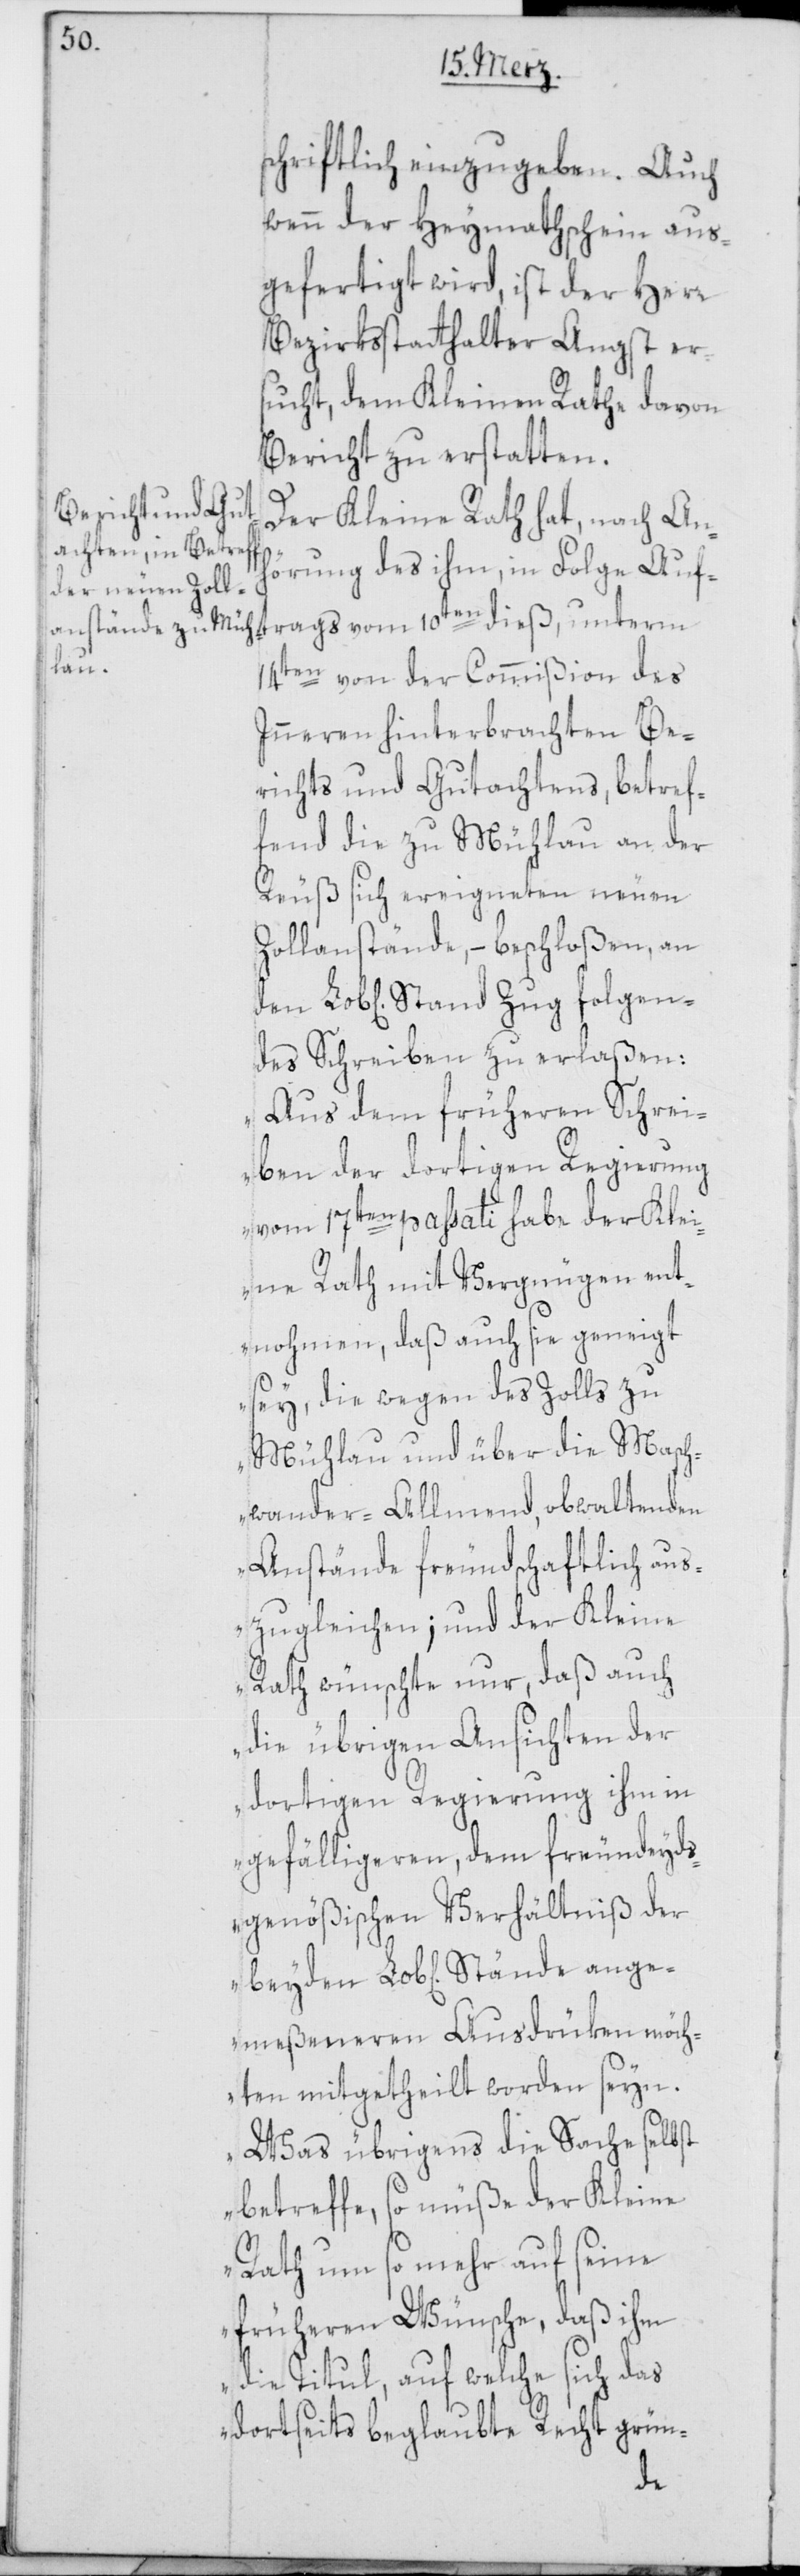
ang¬

wenn der Heymathschein aus¬
gefertigt wird, ist der Herr
Bezirksstatthalter Angst er¬
sucht, dem Kleinen Rathe davon
Bericht zu erstatten.
Der Kleine Rath hat, nach Anh¬
örung des ihm, in Folge Auf¬
trags vom 10ten dieß, unterm
14ten von der Commißion des
Inneren hinterbrachten Be¬
richts und Gutachtens, betref¬
fend die zu Mühlau an der
Reuß sich ereigneten neuen
Zollanstände, – beschloßen, an
des Schreiben zu erlaßen:
„Aus dem früheren Schrei¬
ben der dortigen Regierung
vom 17ten passati habe der Kle¬
ine Rath mit Vergnügen ent¬
nohmen, daß auch sie geneigt
fo¬
sey, die wegen des Zolls zu
Mühlau und über die Masch¬
wander-Allmend, obwaltenden
Anstände freundschaftlich aus¬
zugleichen; und der Kleine
Rath wünschte nur, daß auch
die übrigen Ansichten der
dortigen Regierung ihm in
gefälligeren, dem freundeyds¬
genößischen Verhältniß der
emeßeneren Ausdrüken möch¬
ten mitgetheilt worden seyn.
Was übrigens die Sache selbst
betreffe, so müße der Kleine
Rath um so mehr auf seine
früheren Wünsche, daß ihm
die Titul, auf welche sich das
dortseits beglaubte Recht grün-
den